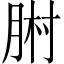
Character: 𦛻